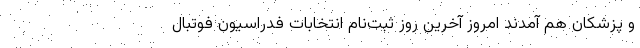
و پزشکان هم آمدند امروز آخرین روز ثبت‌نام انتخابات فدراسیون فوتبال